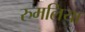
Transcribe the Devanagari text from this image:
रुमलिया